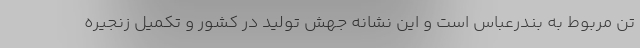
تن مربوط به بندرعباس است و این نشانه جهش تولید در کشور و تکمیل زنجیره